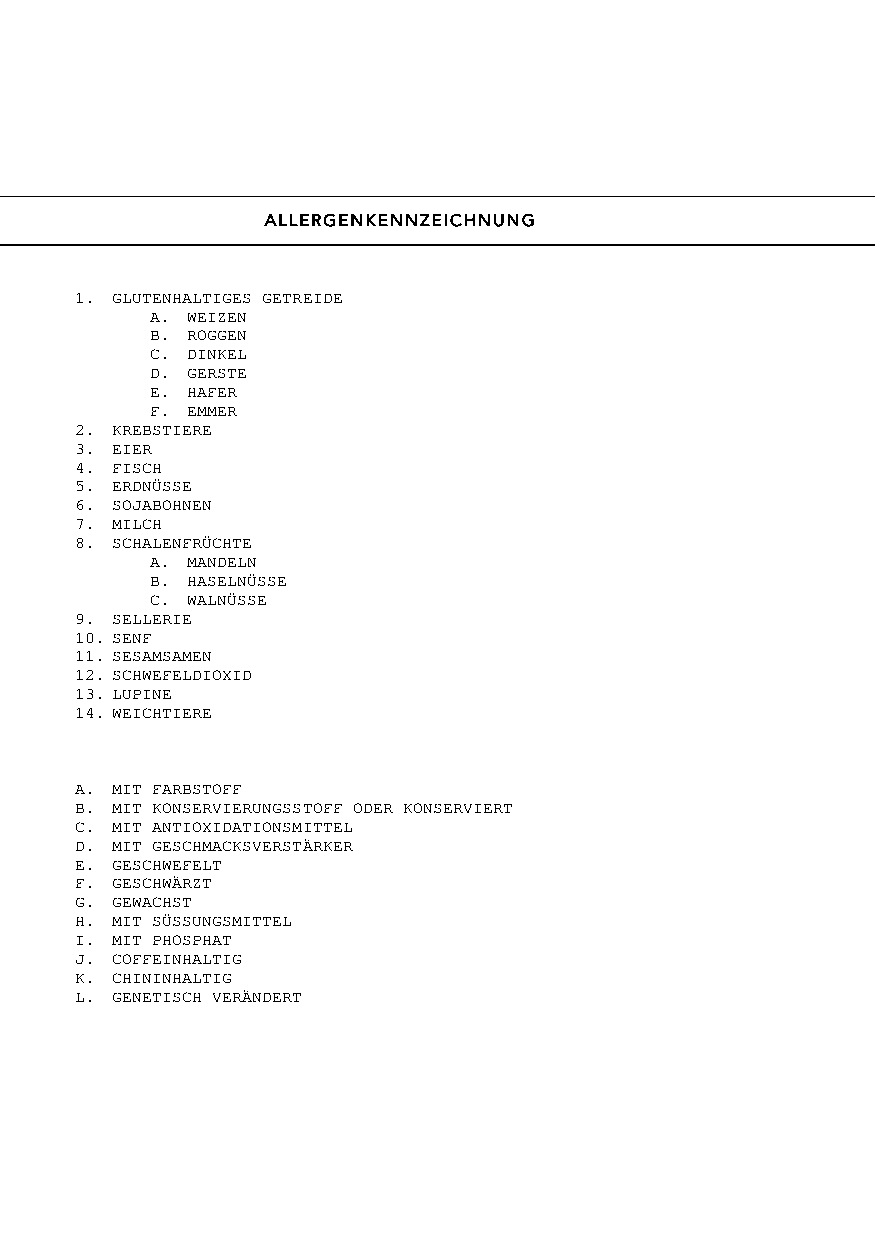
ALLERGENKENNZEICHNUNG
 1. GLUTENHALTIGES GETREIDE
 A. WEIZEN
 B. ROGGEN
 C. DINKEL
 D. GERSTE
 E. HAFER
 F. EMMER
 2. KREBSTIERE
 3. EIER
 4. FISCH
 5. ERDNÜSSE
 6. SOJABOHNEN
 7. MILCH
 8. SCHALENFRÜCHTE
 A. MANDELN
 B. HASELNÜSSE
 C. WALNÜSSE
 9. SELLERIE
 10. SENF
 11. SESAMSAMEN
 12. SCHWEFELDIOXID
 13. LUPINE
 14. WEICHTIERE
 A. MIT FARBSTOFF
 B. MIT KONSERVIERUNGSSTOFF ODER KONSERVIERT
 C. MIT ANTIOXIDATIONSMITTEL
 D. MIT GESCHMACKSVERSTÄRKER
 E. GESCHWEFELT
 F. GESCHWÄRZT
 G. GEWACHST
 H. MIT SÜSSUNGSMITTEL
 I. MIT PHOSPHAT
 J. COFFEINHALTIG
 K. CHININHALTIG
 L. GENETISCH VERÄNDERT